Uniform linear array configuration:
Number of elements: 24
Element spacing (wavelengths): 0.25
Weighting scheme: blackman
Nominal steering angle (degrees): -45
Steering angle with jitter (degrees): -45.158
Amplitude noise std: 0.05
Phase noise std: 0.05

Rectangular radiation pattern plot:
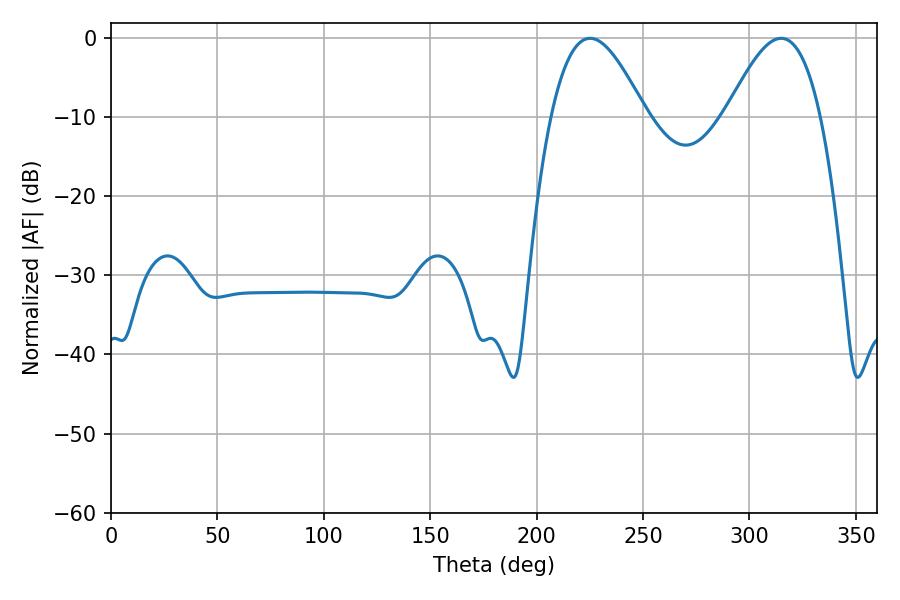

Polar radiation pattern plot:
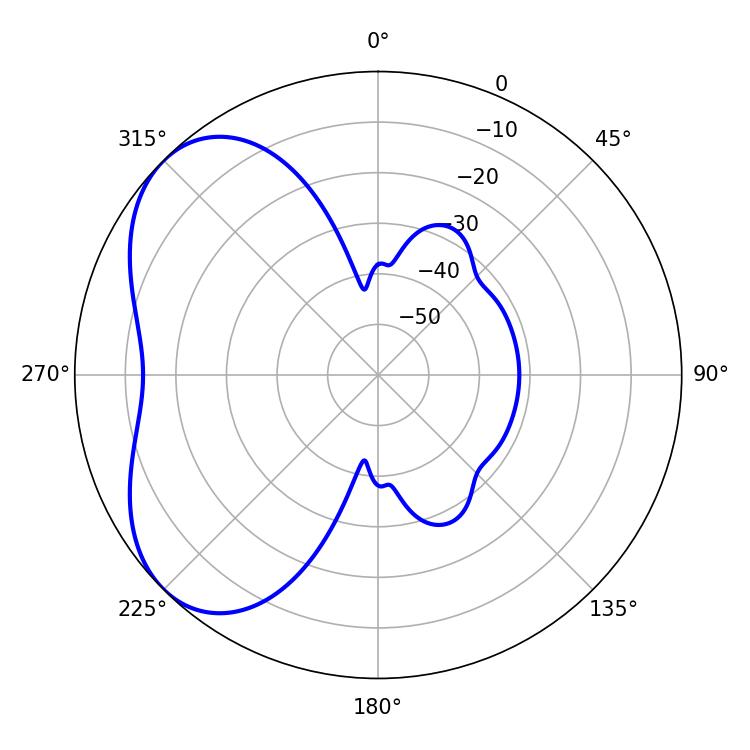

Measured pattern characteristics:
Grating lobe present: FALSE
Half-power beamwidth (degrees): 23.94
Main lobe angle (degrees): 225.18